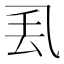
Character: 𫡧